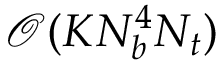
\mathcal { O } ( K N _ { b } ^ { 4 } N _ { t } )